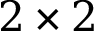
2 \times 2